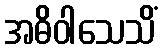
အဓိဝါသေသိံ